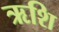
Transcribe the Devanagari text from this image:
ऋशि